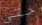
حتى